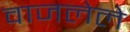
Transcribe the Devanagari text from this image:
वाजलेले